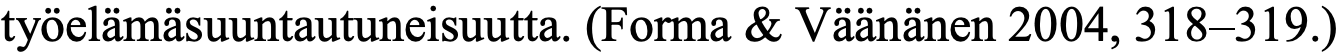
työelämäsuuntautuneisuutta. (Forma & Väänänen 2004, 318–319.)